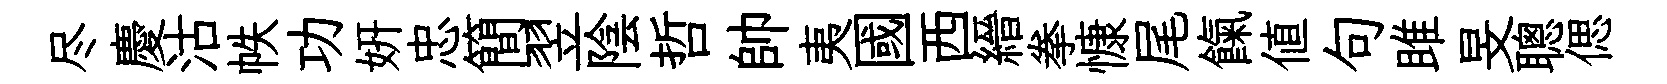
尽慶沽帙功妍忠簡翌陰哲帥夷國西縉拳慷尾餼値句雎旻聰偲